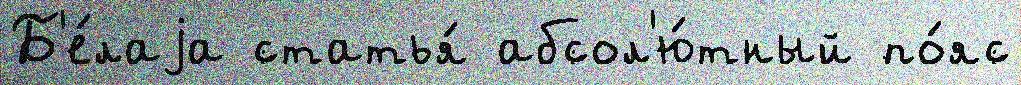
Б'е́лаjа статья́ абсол'ю́тный по́яс